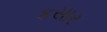
કસાર